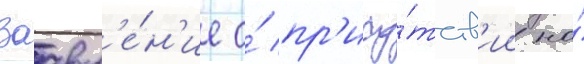
Заавл'е́н'ие о́ пр'ису́тств'ии на́